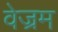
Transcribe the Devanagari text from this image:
वेज्रम